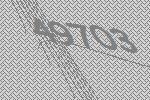
49703